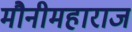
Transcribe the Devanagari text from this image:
मौनीमहाराज